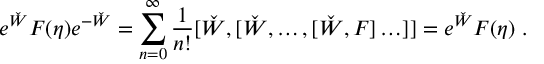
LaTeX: e ^ { \check { W } } F ( \eta ) e ^ { - \check { W } } = \sum _ { n = 0 } ^ { \infty } \frac { 1 } { n ! } [ \check { W } , [ \check { W } , \ldots , [ \check { W } , F ] \ldots ] ] = e ^ { \check { W } } F ( \eta ) \; .